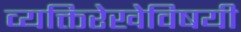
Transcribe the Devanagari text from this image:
व्यक्तिरेखेविषयी